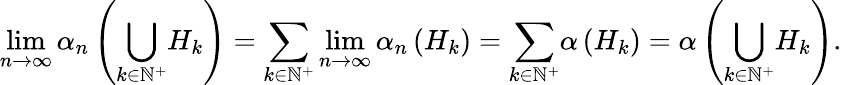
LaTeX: \operatorname*{lim}_{n\rightarrow\infty}\alpha_{n}\left({\displaystyle\bigcup_{k\in\mathbb{N}^{+}}}H_{k}\right)={\displaystyle\sum_{k\in\mathbb{N}^{+}}}\operatorname*{lim}_{n\rightarrow\infty}\alpha_{n}\left(H_{k}\right)={\displaystyle\sum_{k\in\mathbb{N}^{+}}}\alpha\left(H_{k}\right)=\alpha\left({\displaystyle\bigcup_{k\in\mathbb{N}^{+}}}H_{k}\right).